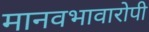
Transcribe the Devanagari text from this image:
मानवभावारोपी